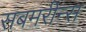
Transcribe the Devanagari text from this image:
सबमरीन्स